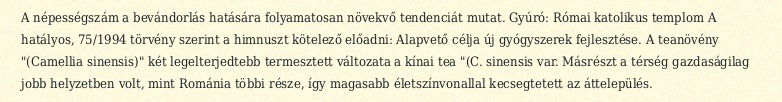
A népességszám a bevándorlás hatására folyamatosan növekvő tendenciát mutat. Gyúró: Római katolikus templom A hatályos, 75/1994 törvény szerint a himnuszt kötelező előadni: Alapvető célja új gyógyszerek fejlesztése. A teanövény "(Camellia sinensis)" két legelterjedtebb termesztett változata a kínai tea "(C. sinensis var. Másrészt a térség gazdaságilag jobb helyzetben volt, mint Románia többi része, így magasabb életszínvonallal kecsegtetett az áttelepülés.